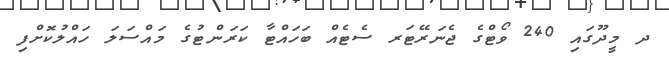
ދ މީދޫގައި 240 ވޯޓްގެ ޖެނަރޭޓަރ ސެޓެއް ބަހައްޓާ ކަރަންޓުގެ މައްސަލަ ހައްލުކޮށްފި